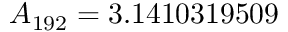
A _ { 1 9 2 } = 3 . 1 4 1 0 3 1 9 5 0 9